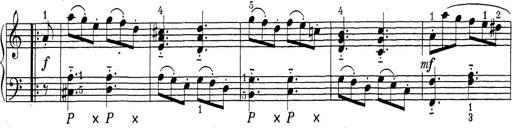
Title: ÄŒeskÃ© Sonatiny
Composer: Various